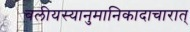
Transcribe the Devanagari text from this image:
बलीयस्यानुमानिकादाचारात्